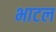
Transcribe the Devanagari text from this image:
भाटल